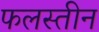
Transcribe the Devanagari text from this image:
फलस्तीन